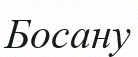
Босану